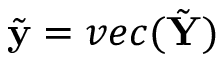
\tilde { \mathbf { y } } = v e c ( \tilde { \mathbf { Y } } )